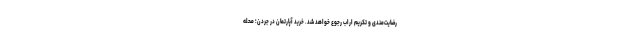
رضایت‌مندی و تکریم اراب رجوع خواهد شد. خرید آپارتمان در جردن؛ محله